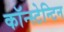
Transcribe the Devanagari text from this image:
कॉन्स्टेन्टिन